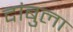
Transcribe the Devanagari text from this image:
दांबुला